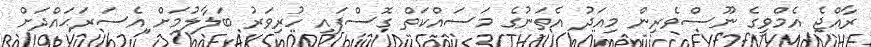
ރާއްޖެ އެމްވީގެ ނޫސްވެރިން މިއަދު އެތަނުގެ މަސައްކަތް ގޮސްފައި ހުރިވަރު ބަލާލުމަށް އެސަރަޙައްދަށް